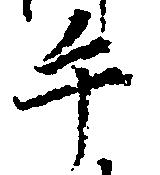
手